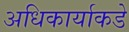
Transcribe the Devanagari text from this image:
अधिकार्याकडे